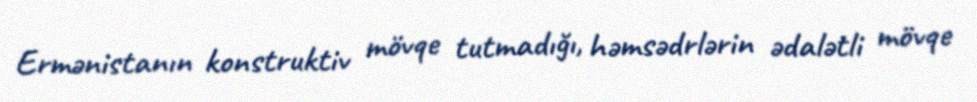
Ermənistanın konstruktiv mövqe tutmadığı, həmsədrlərin ədalətli mövqe